Trukikaitis_Postimees, lk 14
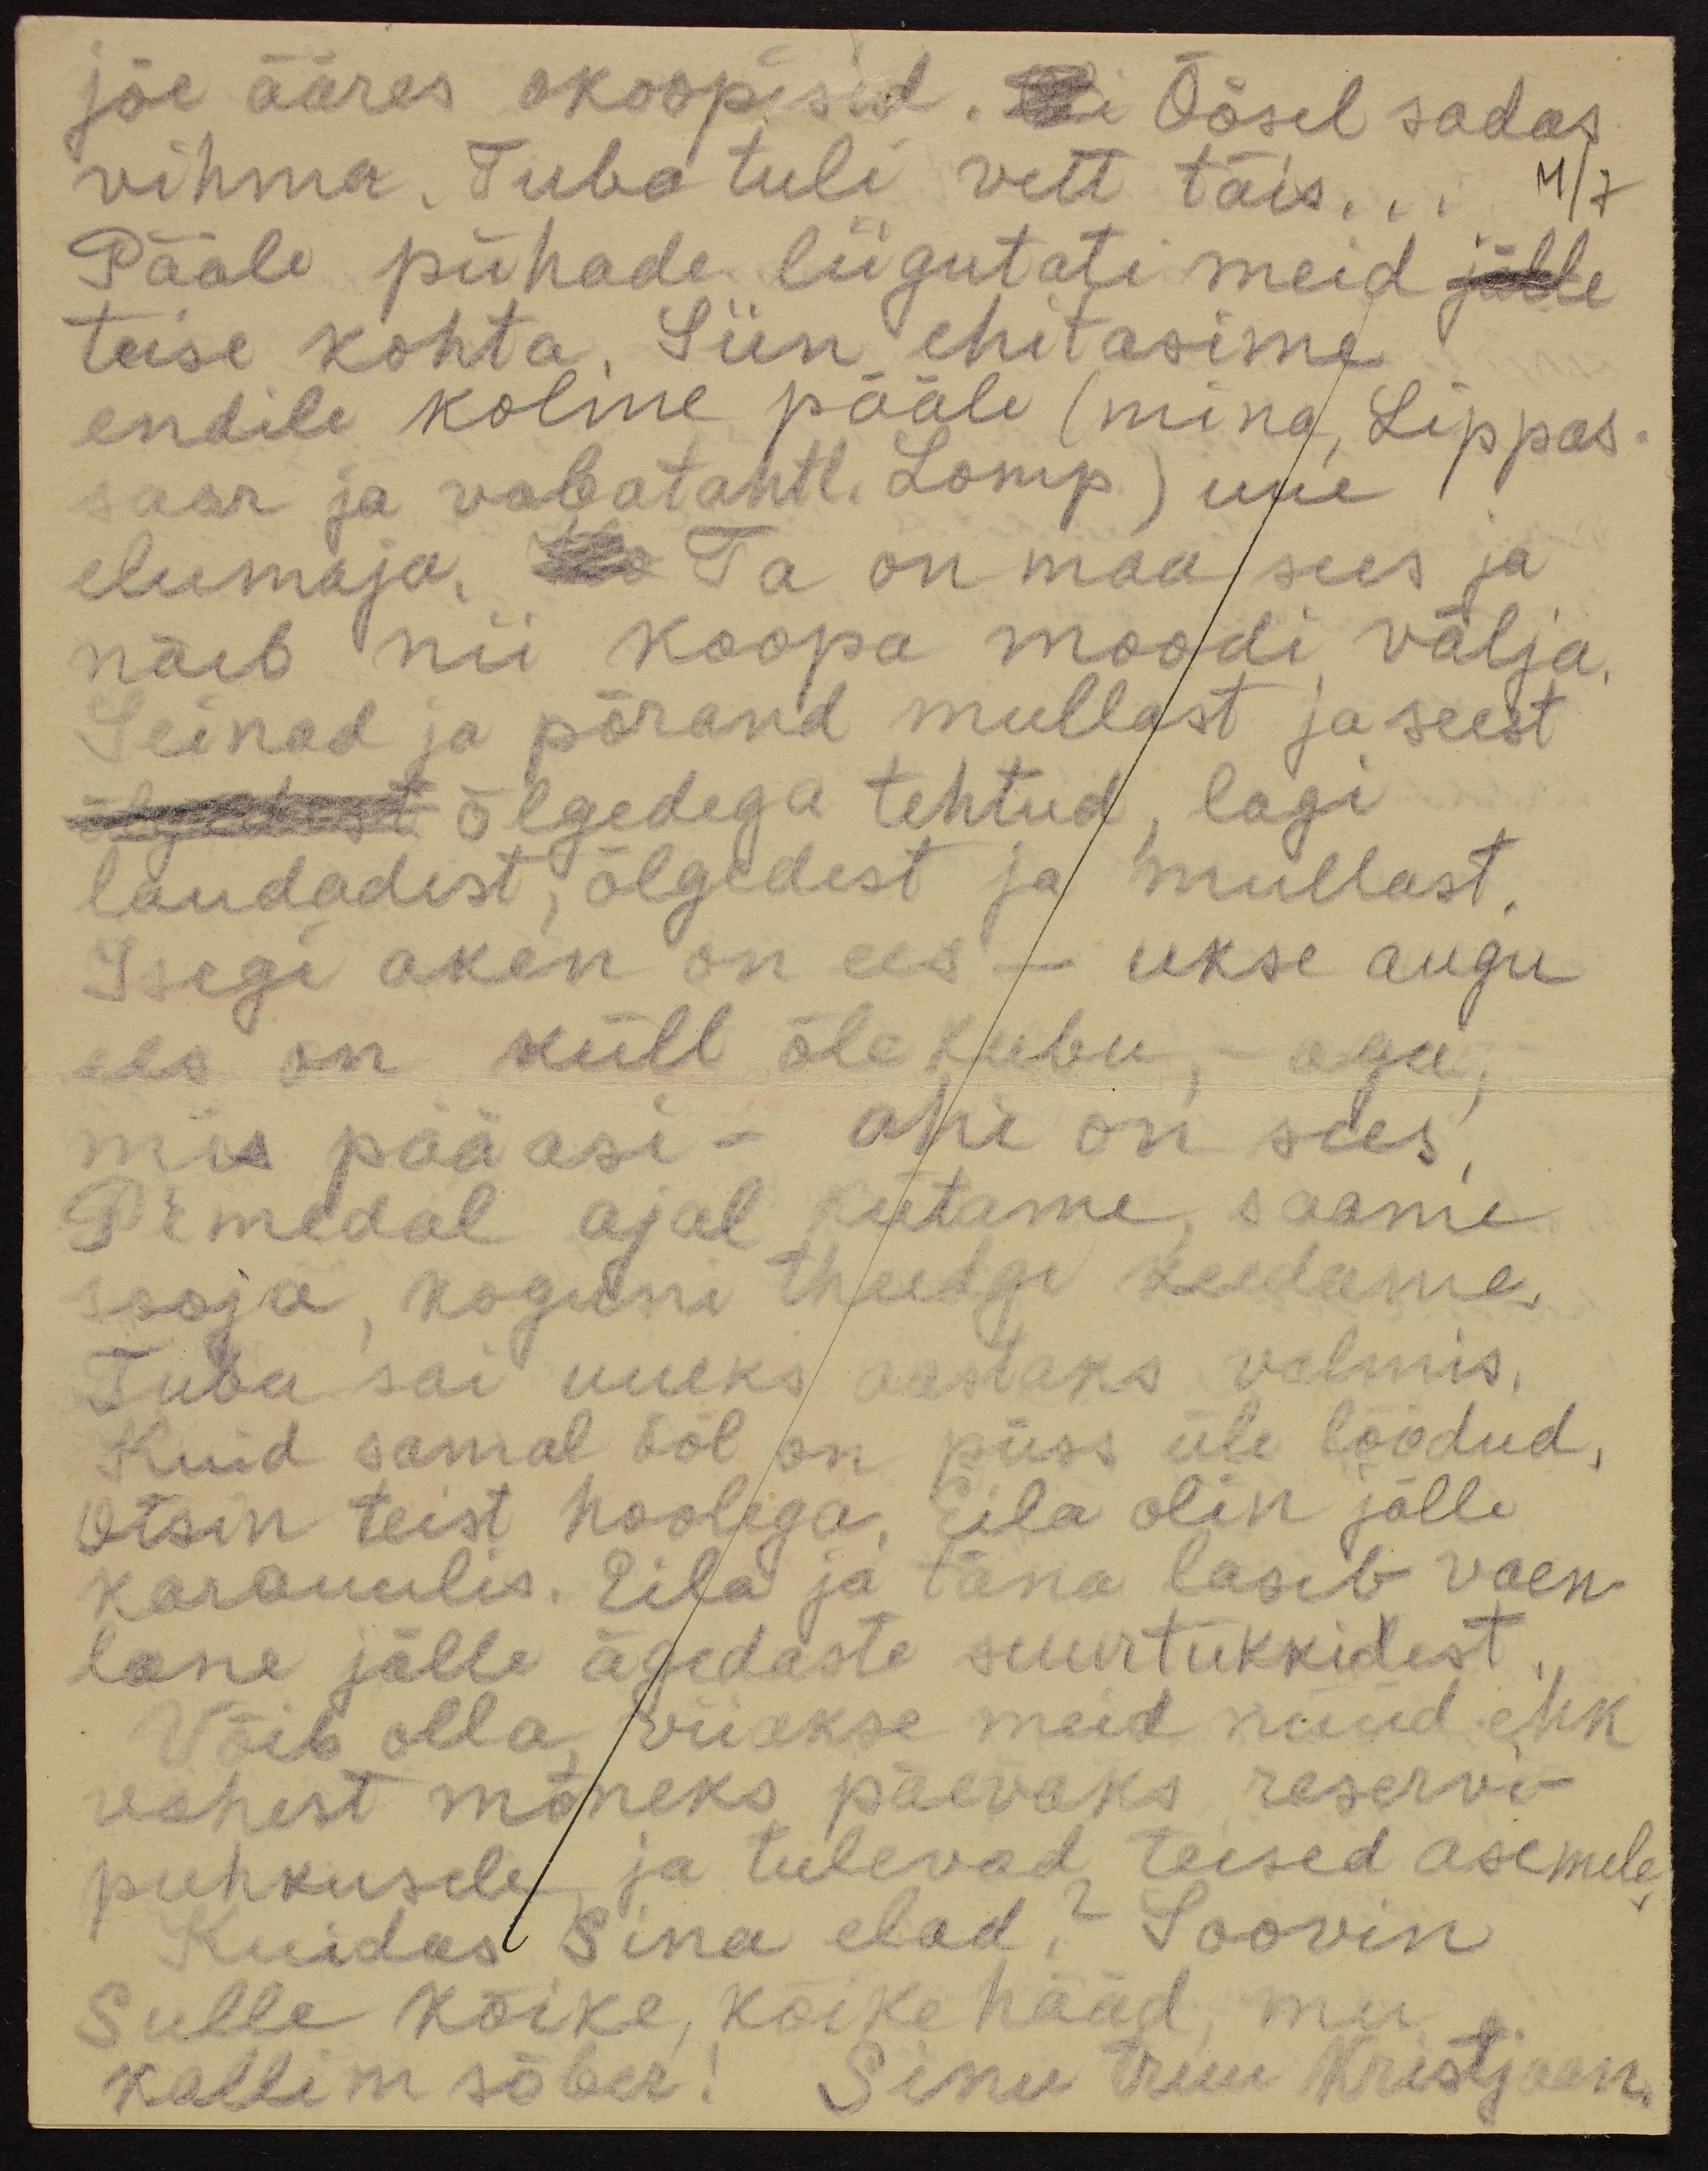
jõe ääres okoopisid. Oli Öösel sadas
vihma. Tuba tuli vett täis...
4/7
Pääle pühade liigutati meid jälle
teise kohta. Siin ehitasime
endile kolme pääle (mina, Lippas-
saar ja vabatahtl. Lomp) uue
elumaja. La Ta on maa sees ja
näib nii koopa moodi välja.
Seinad ja põrand mullast ja seest
õlgedega tehtud, lagi
laudadest, õlgedest ja mullast,
Isegi aken on ees – ukse augu
ees on küll õle kubu, – aga,
mis pääasi – ahi on sees.
Pimedal ajal kütame, saame
sooja koguni theedgi keedame.
Tuba sai uueks aastaks valmis.
Kuid samal ööl on püss üle löödud,
Otsin teist hoolega. Eila olin jälle
karauulis. Eila ja täna laseb vaen-
lane jälle ägedaste suurtükkidest,
Võib olla viiakse meid nüüd ehk
vahest mõneks päevaks reservi-
puhkusele ja tulevad teised asemele.
Kuidas Sina elad? Soovin
Sulle kõike, kõike hääd, mu
kallim sõber. Sinu truu Kristjaan.